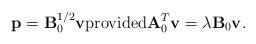
LaTeX: \begin{align*}{\bf p} = {\bf B}_0 ^{1/2} {\bf v}\mbox{provided}{\bf A} _0^T {\bf v} = \lambda {\bf B}_0 {\bf v}.\end{align*}